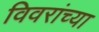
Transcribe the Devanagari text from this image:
विवरांच्या